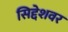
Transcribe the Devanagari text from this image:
सिद्देशवर